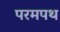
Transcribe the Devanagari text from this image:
परमपथ